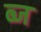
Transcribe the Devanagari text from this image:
ब्ज